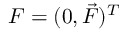
F = ( 0 , \vec { F } ) ^ { T }